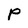
Character: P